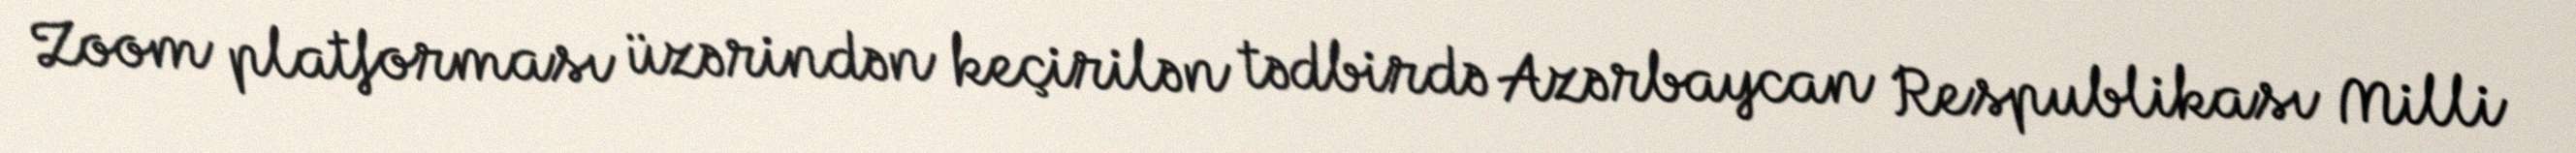
Zoom platforması üzərindən keçirilən tədbirdə Azərbaycan Respublikası Milli